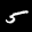
Label: 5